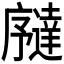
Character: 𫸉